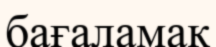
бағаламақ